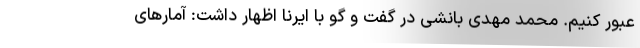
عبور کنیم. محمد مهدی بانشی در گفت و گو با ایرنا اظهار داشت: آمارهای